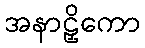
အနာဠှိကော